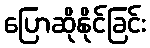
ပြောဆိုနိုင်ခြင်း